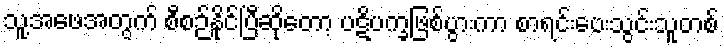
သူ့အဖေအတွက် စီစဉ်နိုင်ပြီဆိုတော့ ပဋိပက္ခဖြစ်ပွားကာ စာရင်းပေးသွင်းသူတစ်